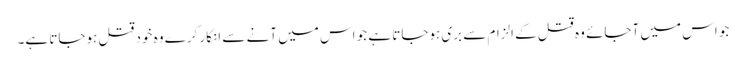
جو اس میں آجائے وہ قتل کے الزام سے بری ہوجاتا ہے جو اس میں آنے سے انکار کرے وہ خود قتل ہوجاتا ہے۔